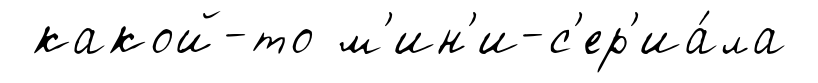
какой-то м'ин'и-с'ер'иа́ла